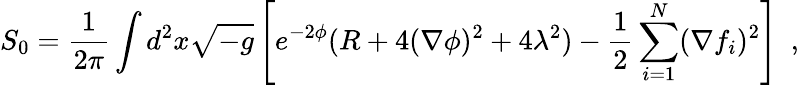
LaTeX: S_{0}={\frac{1}{2\pi}}\int d^{2}x\sqrt{-g}\left[e^{-2\phi}(R+4(\nabla\phi)^{2}+4\lambda^{2})-{\frac{1}{2}}\sum_{i=1}^{N}(\nabla f_{i})^{2}\right]\ \ ,